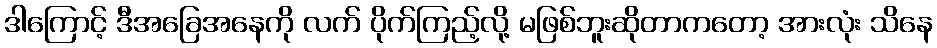
ဒါကြောင့် ဒီအခြေအနေကို လက် ပိုက်ကြည့်လို့ မဖြစ်ဘူးဆိုတာကတော့ အားလုံး သိနေ